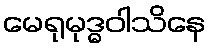
မေရုမုဒ္ဓဝါသိနေ